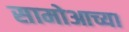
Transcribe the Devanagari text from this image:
सामोआच्या